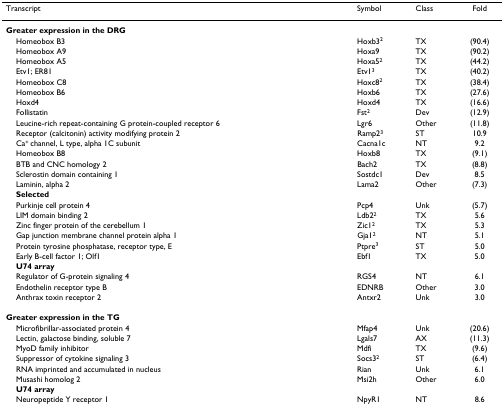
| Transcript | Symbol | Class | Fold |
 | --- | --- | --- | --- |
 | Greater expression in the DRG |  |  |  |
 | Homeobox B3 | Hoxb32 | TX | (90.4) |
 | Homeobox A9 | Hoxa9 | TX | (90.2) |
 | Homeobox A5 | Hoxa52 | TX | (44.2) |
 | Etv1; ER81 | Etv13 | TX | (40.2) |
 | Homeobox C8 | Hoxc82 | TX | (38.4) |
 | Homeobox B6 | Hoxb6 | TX | (27.6) |
 | Hoxd4 | Hoxd4 | TX | (16.6) |
 | Follistatin | Fst2 | Dev | (12.9) |
 | Leucine-rich repeat-containing G protein-coupled receptor 6 | Lgr6 | Other | (11.8) |
 | Receptor (calcitonin) activity modifying protein 2 | Ramp23 | ST | 10.9 |
 | Ca+ channel, L type, alpha 1C subunit | Cacna1c | NT | 9.2 |
 | Homeobox B8 | Hoxb8 | TX | (9.1) |
 | BTB and CNC homology 2 | Bach2 | TX | (8.8) |
 | Sclerostin domain containing 1 | Sostdc1 | Dev | 8.5 |
 | Laminin, alpha 2 | Lama2 | Other | (7.3) |
 | Selected |  |  |  |
 | Purkinje cell protein 4 | Pcp4 | Unk | (5.7) |
 | LIM domain binding 2 | Ldb22 | TX | 5.6 |
 | Zinc finger protein of the cerebellum 1 | Zic12 | TX | 5.3 |
 | Gap junction membrane channel protein alpha 1 | Gja12 | NT | 5.1 |
 | Protein tyrosine phosphatase, receptor type, E | Ptpre3 | ST | 5.0 |
 | Early B-cell factor 1; Olf1 | Ebf1 | TX | 5.0 |
 | U74 array |  |  |  |
 | Regulator of G-protein signaling 4 | RGS4 | NT | 6.1 |
 | Endothelin receptor type B | EDNRB | Other | 3.0 |
 | Anthrax toxin receptor 2 | Antxr2 | Unk | 3.0 |
 | Greater expression in the TG |  |  |  |
 | Microfibrillar-associated protein 4 | Mfap4 | Unk | (20.6) |
 | Lectin, galactose binding, soluble 7 | Lgals7 | AX | (11.3) |
 | MyoD family inhibitor | Mdfi | TX | (9.6) |
 | Suppressor of cytokine signaling 3 | Socs32 | ST | (6.4) |
 | RNA imprinted and accumulated in nucleus | Rian | Unk | 6.1 |
 | Musashi homolog 2 | Msi2h | Other | 6.0 |
 | U74 array |  |  |  |
 | Neuropeptide Y receptor 1 | NpyR1 | NT | 8.6 |